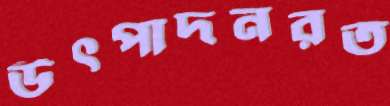
উৎপাদনরত